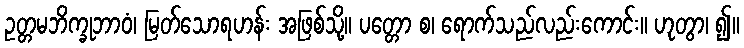
ဥတ္တမဘိက္ခုဘာဝံ၊ မြတ်သောရဟန်း အဖြစ်သို့။ ပတ္တော စ၊ ရောက်သည်လည်းကောင်း။ ဟုတွာ၊ ၍။